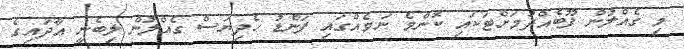
މި ގެއްލުން ފޫބެއްދުމަށްޓަކައި ކޮންމެ ނަމެއްގައި ފަންޑު ހެދިޔަސް ގެއްލުން ލިބެނީ އާދައިގެ